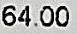
64.00